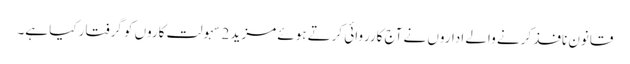
قانون نافذ کرنے والے اداروں نے آج کارروائی کرتے ہوئے مزید 2 سہولت کاروں کو گرفتار کیا ہے۔